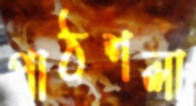
পাঠশলা